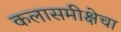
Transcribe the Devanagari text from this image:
कलासमीक्षेचा